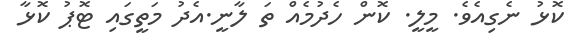
ކޮޅު ނެގިއެވެ. މީލީ. ކޮން ހެދުމެއް ތަ ލާނީ.އެދު މަތީގައި ޓޮޕު ކޮޅާ